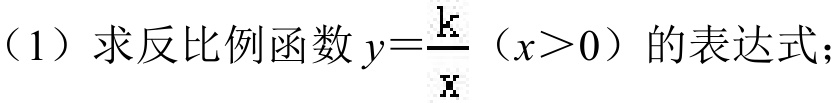
（1）求反比例函数 \(y = \frac{k}{x}\)（\(x>0\)）的表达式；